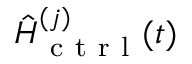
\hat { H } _ { \mathrm { ~ c ~ t ~ r ~ l ~ } } ^ { ( j ) } ( t )